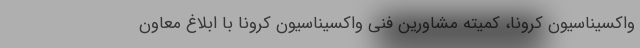
واکسیناسیون کرونا، کمیته مشاورین فنی واکسیناسیون کرونا با ابلاغ معاون